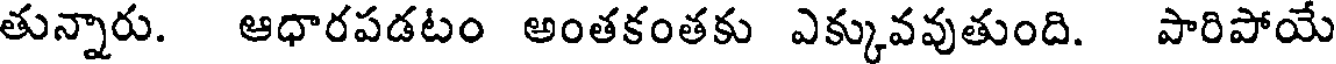
తున్నారు. ఆధారపడటం అంతకంతకు ఎక్కువవుతుంది. పారిపోయే